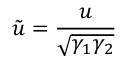
\tilde { u } = \frac { u } { \sqrt { \gamma _ { 1 } \gamma _ { 2 } } }